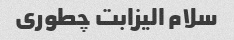
سلام الیزابت چطوری